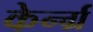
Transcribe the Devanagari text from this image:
केर्न्ग्र